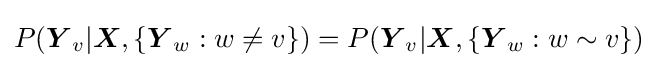
P({\boldsymbol {Y}}_{v}|{\boldsymbol {X}},\{{\boldsymbol {Y}}_{w}:w\neq v\})=P({\boldsymbol {Y}}_{v}|{\boldsymbol {X}},\{{\boldsymbol {Y}}_{w}:w\sim v\})